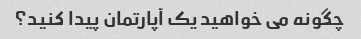
چگونه می خواهید یک آپارتمان پیدا کنید؟